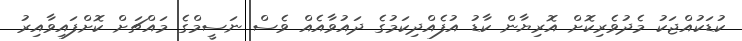
ކުޑަކުއްޖަކު މެދުވެރިކޮށް އޮރިޔާން ކާޑު އުފެއްދިކަމުގެ ދައުވާއެއް ވެސް ނަސީމްގެ މައްޗަށް ކޮށްފައިވާއިރު